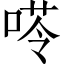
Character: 𠸖